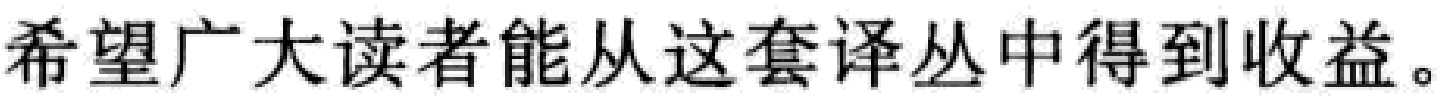
希望广大读者能从这套译丛中得到收益。